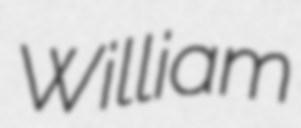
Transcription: William